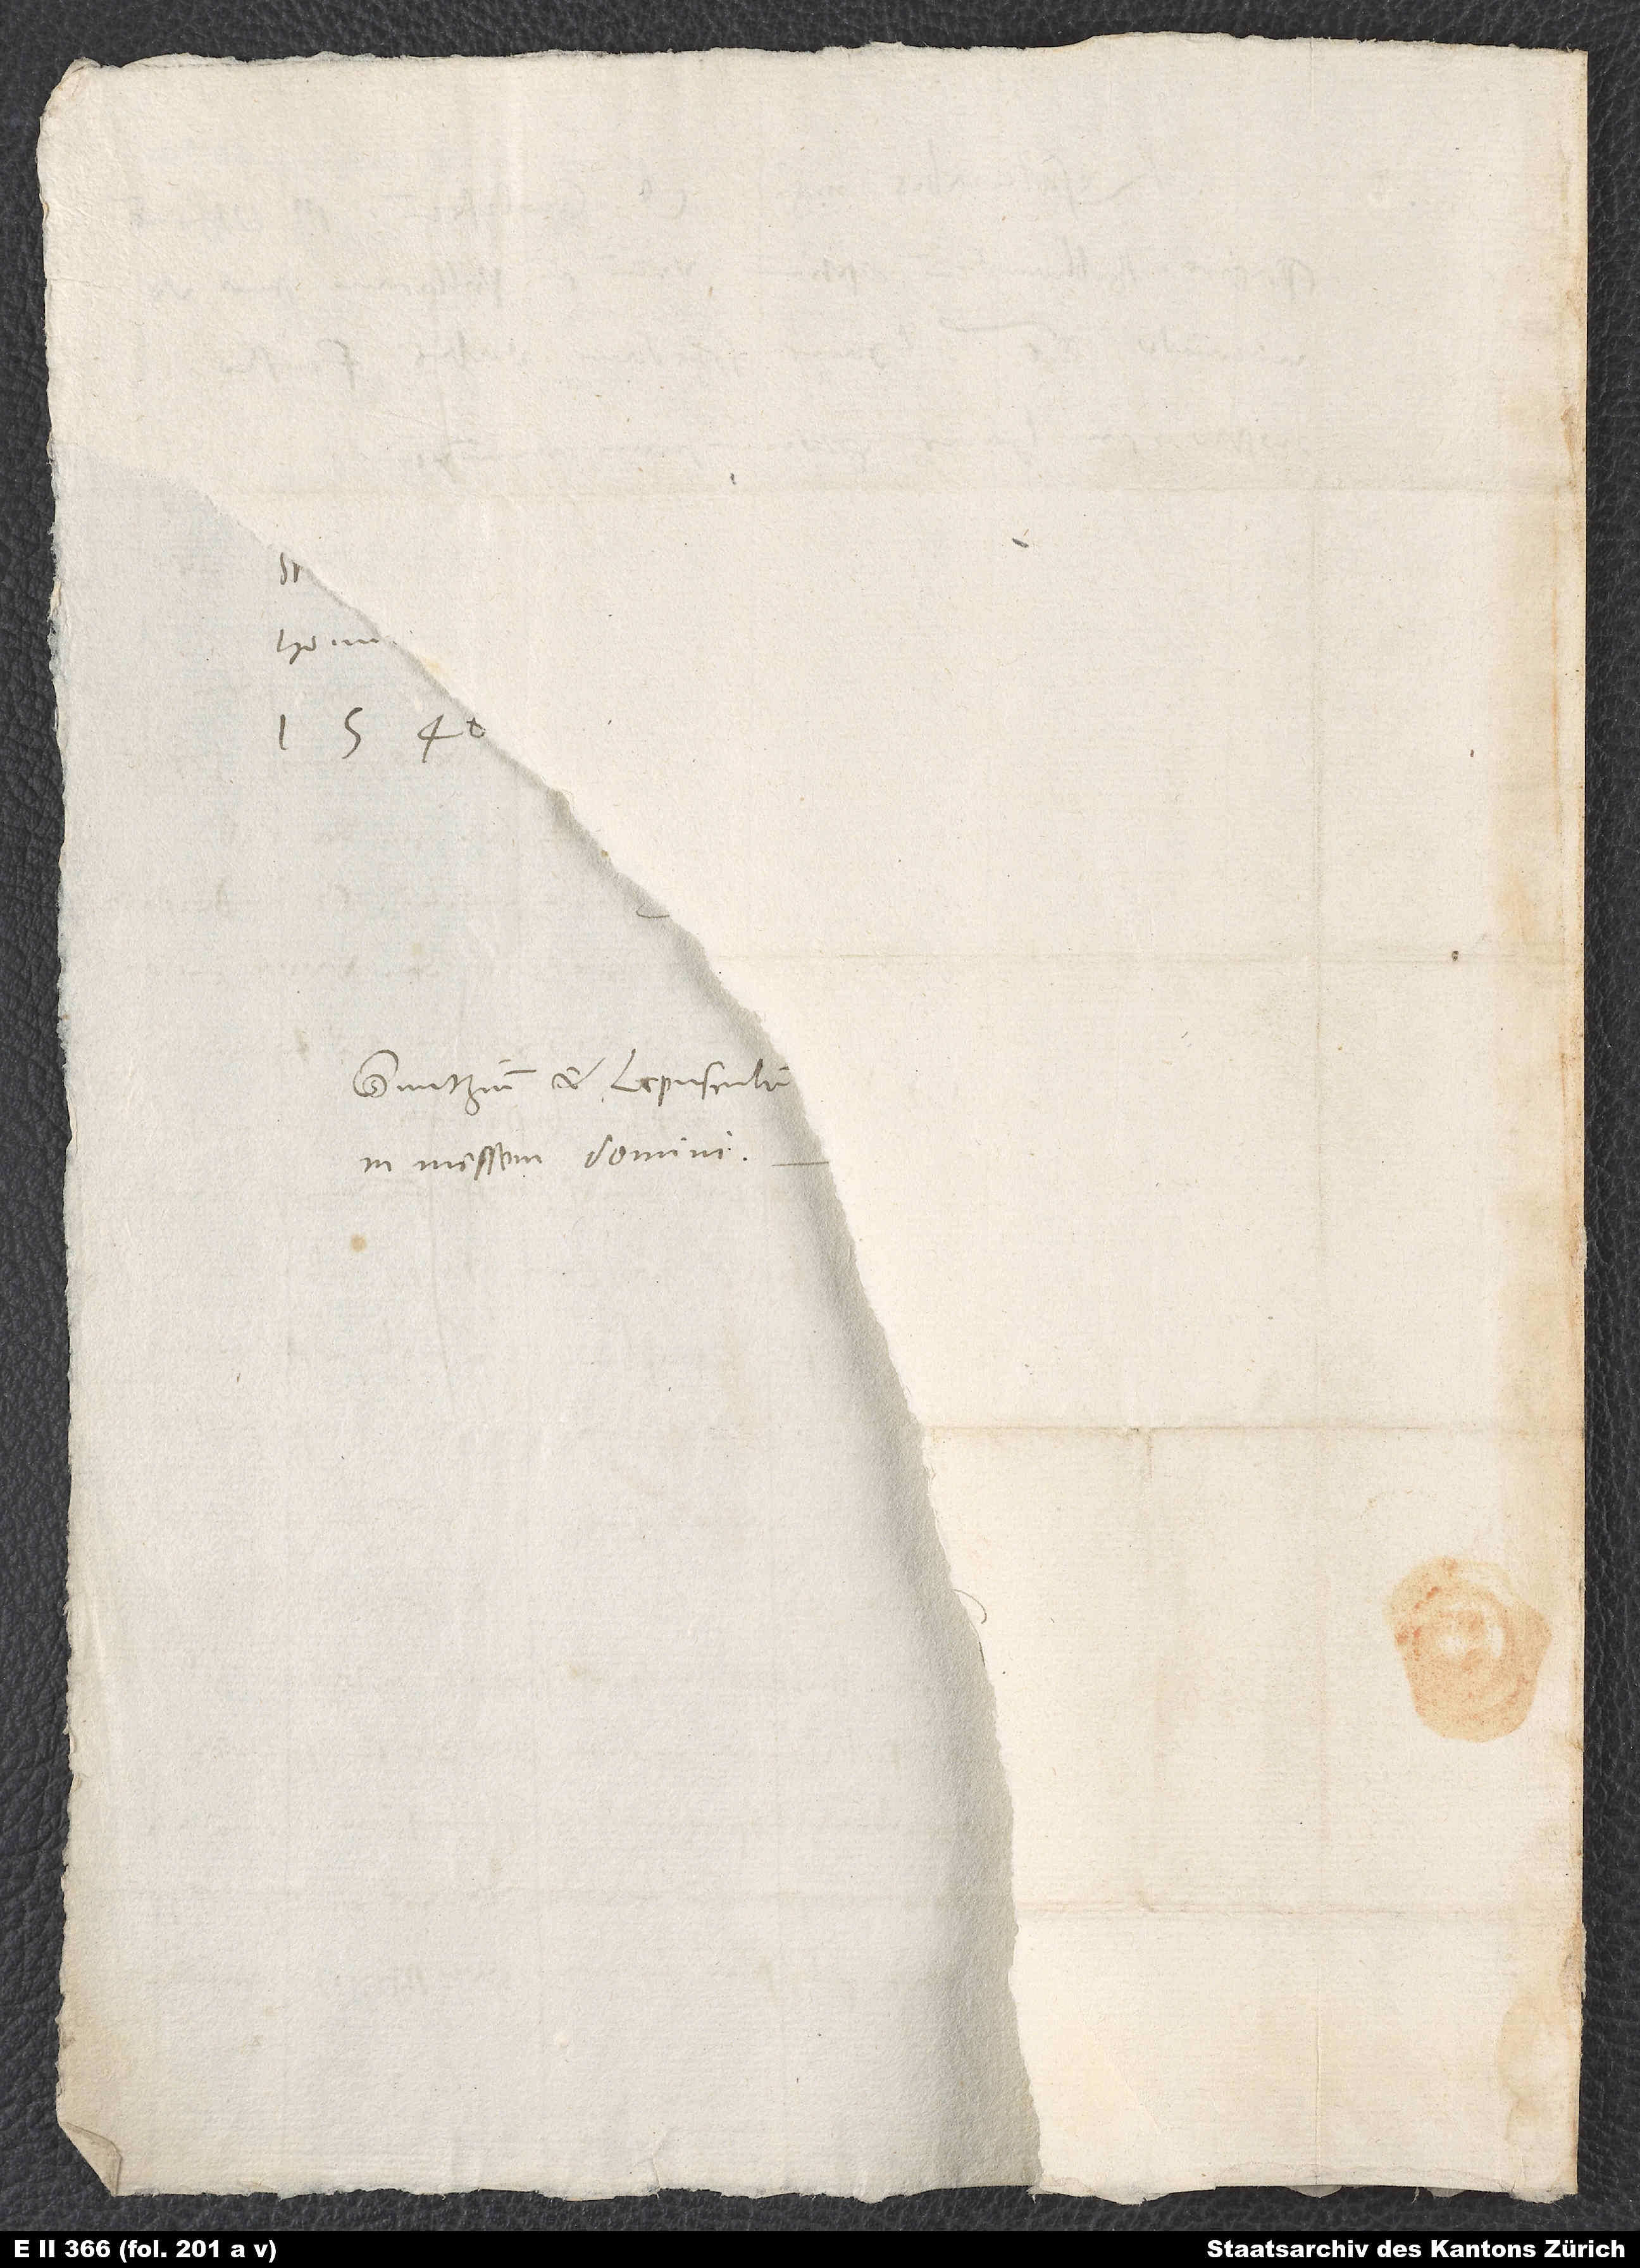
Guntzium et Lepusculum
in messem domini.